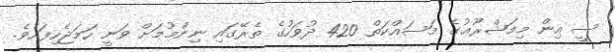
ސީ އިން މިމަޝްރޫޢުގެ މަސައްކަތް 420 ދުވަހުގެ ތެރޭގައި ނިންމުމަށް ވަނީ ހަމަޖެހިފައެވެ.